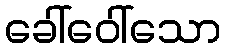
ခေါ်ဝေါ်သော